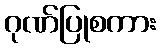
ဂုဏ်ပြုစကား